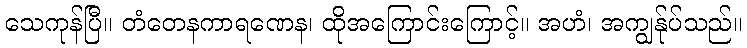
သေကုန်ပြီ။ တံတေနကာရဏေန၊ ထိုအကြောင်းကြောင့်။ အဟံ၊ အကျွန်ုပ်သည်။